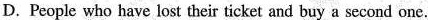
D. People who have lost their ticket and buy a second one.